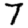
Digit: 7